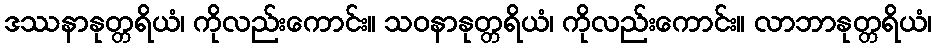
ဒဿနာနုတ္တရိယံ၊ ကိုလည်းကောင်း။ သဝနာနုတ္တရိယံ၊ ကိုလည်းကောင်း။ လာဘာနုတ္တရိယံ၊